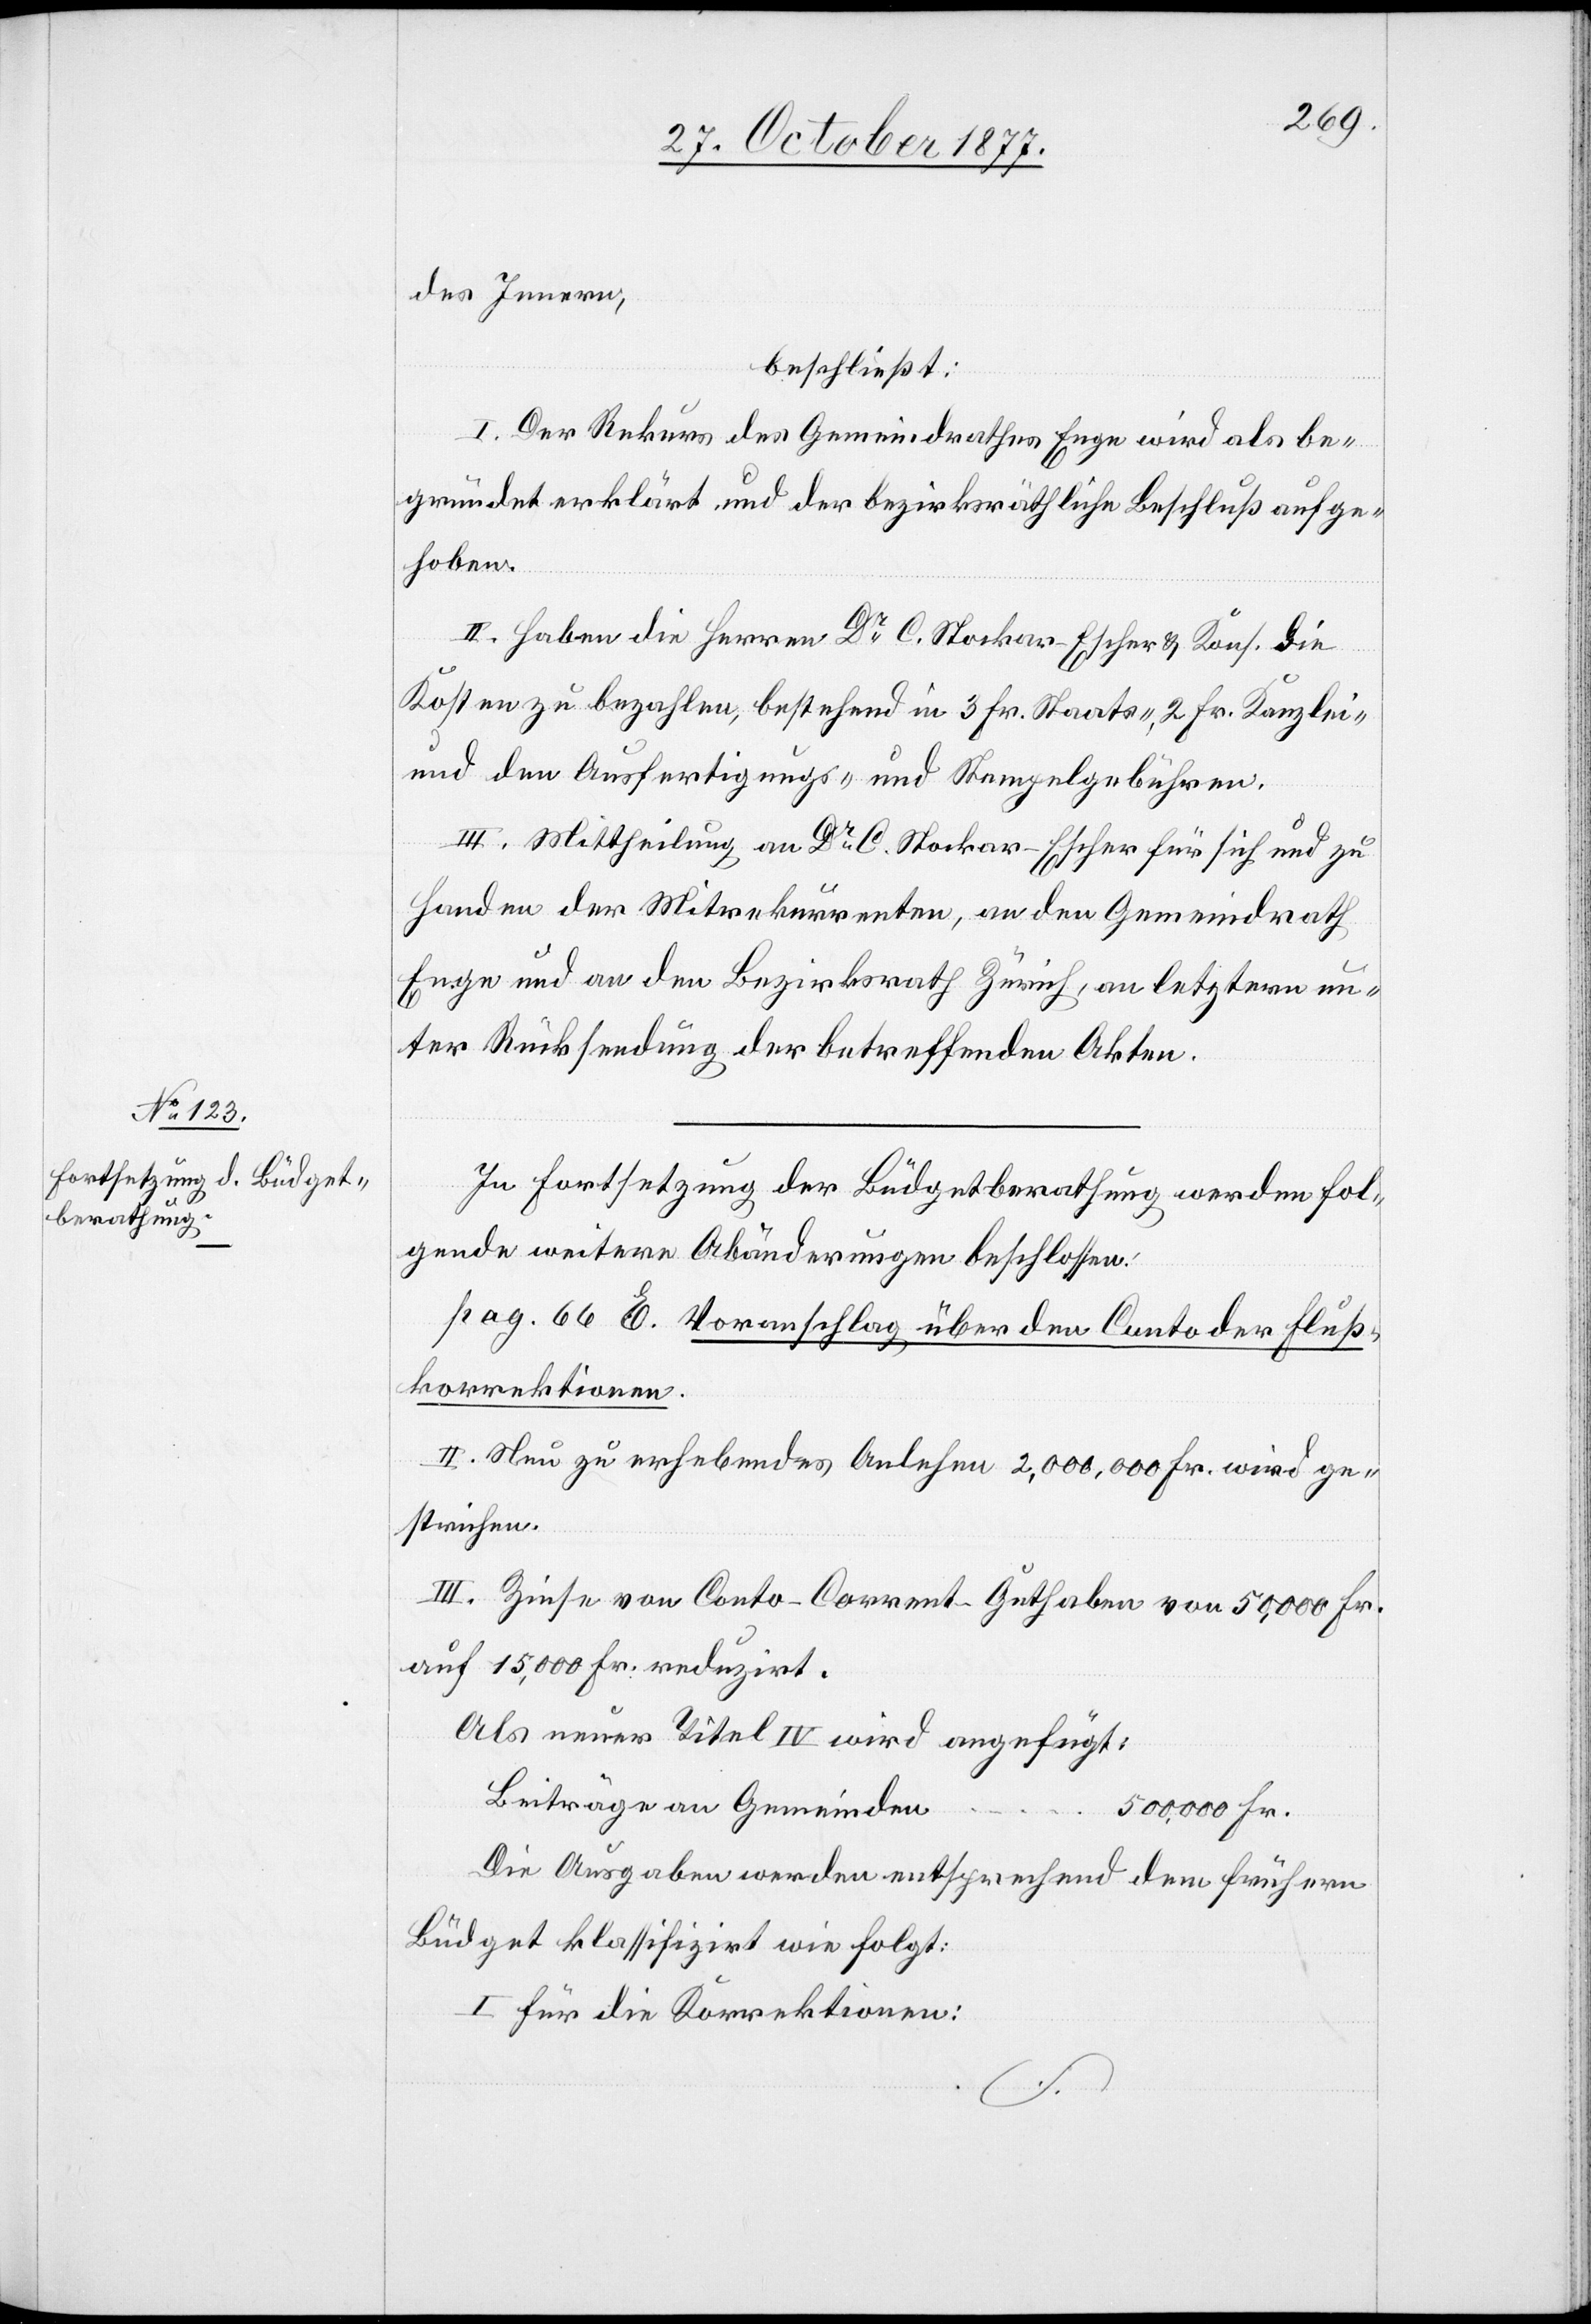
des Innern,
beschließt:
I. Der Rekurs des Gemeindrathes Enge wird als be¬
gründet erklärt und der bezirksräthliche Beschluß aufge¬
hoben.
II. Haben die Herren Dr C. Stockar-Escher & Kons. die
Kosten zu bezahlen, bestehend in 3 Fr. Staats-, 2 Fr. Kanzlei-
und den Ausfertigungs- und Stempelgebühren.
III. Mittheilung an Dr C. Stockar-Escher für sich und zu
Handen der Mitrekurrenten, an den Gemeindrath
Enge und an den Bezirksrath Zürich, an letztern un¬
ter Rücksendung der betreffenden Akten.
In Fortsetzung der Büdgetberathung werden fol¬
gende weitere Abänderungen beschlossen:
pag. 66 E. Voranschlag über den Conto der Fluß¬
korrektionen.
II. Neu zu erhebendes Anlehen 2,000,000 Fr. wird ge¬
strichen.
III. Zinse von Conto-Corrent-Guthaben von 50,000 Fr.
auf 15,000 Fr. reduzirt.
Als neuer Titel IV wird angefügt:
Beiträge an Gemeinden
500,000 Fr.
Die Ausgaben werden entsprechend dem frühern
Büdget klassifizirt wie folgt:
I. Für die Korrektionen: